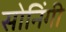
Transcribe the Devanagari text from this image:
सोनिंगी